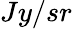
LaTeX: Jy/sr